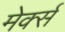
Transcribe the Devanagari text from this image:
मेर्क्स